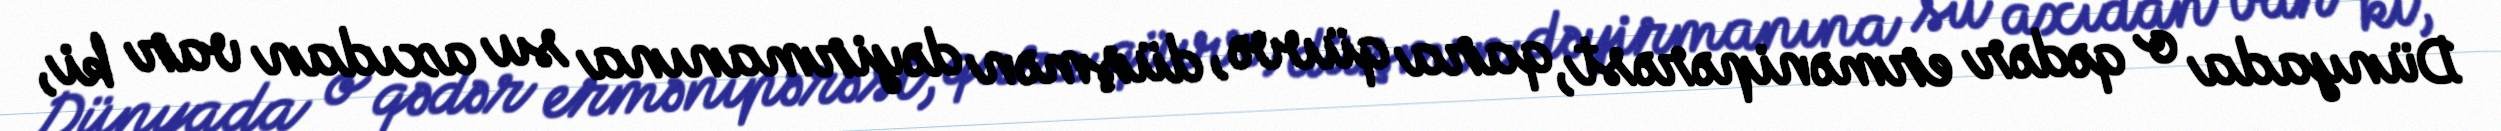
Dünyada o qədər ermənipərəst, qara qüvvə, düşmən dəyirmanına su axıdan var ki,